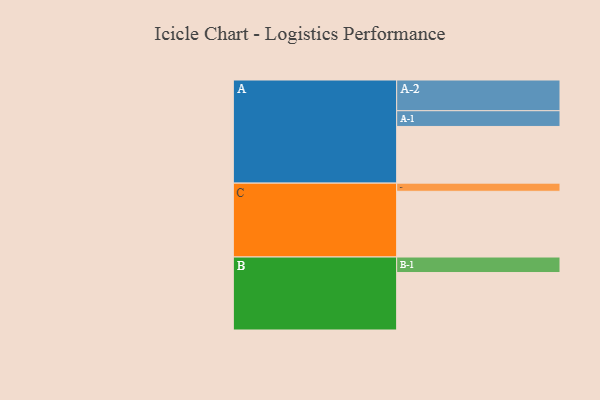
{"axis": {"x": "Segment", "y": "Value"}, "legend": ["", "A", "B", "C"], "data": [{"x": "A", "y": 500, "type": ""}, {"x": "B", "y": 507, "type": ""}, {"x": "C", "y": 580, "type": ""}, {"x": "A-1", "y": 139, "type": "A"}, {"x": "A-2", "y": 271, "type": "A"}, {"x": "B-1", "y": 137, "type": "B"}, {"x": "C-1", "y": 72, "type": "C"}]}